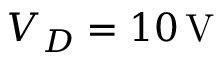
V _ { D } = 1 0 \, \mathrm { V }